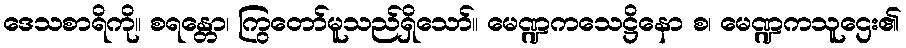
ဒေသစာရိကို။ စရန္တော၊ ကြွတော်မူသည်ရှိသော်။ မေဏ္ဍကသေဋ္ဌိနော စ၊ မေဏ္ဍကသူဌေး၏